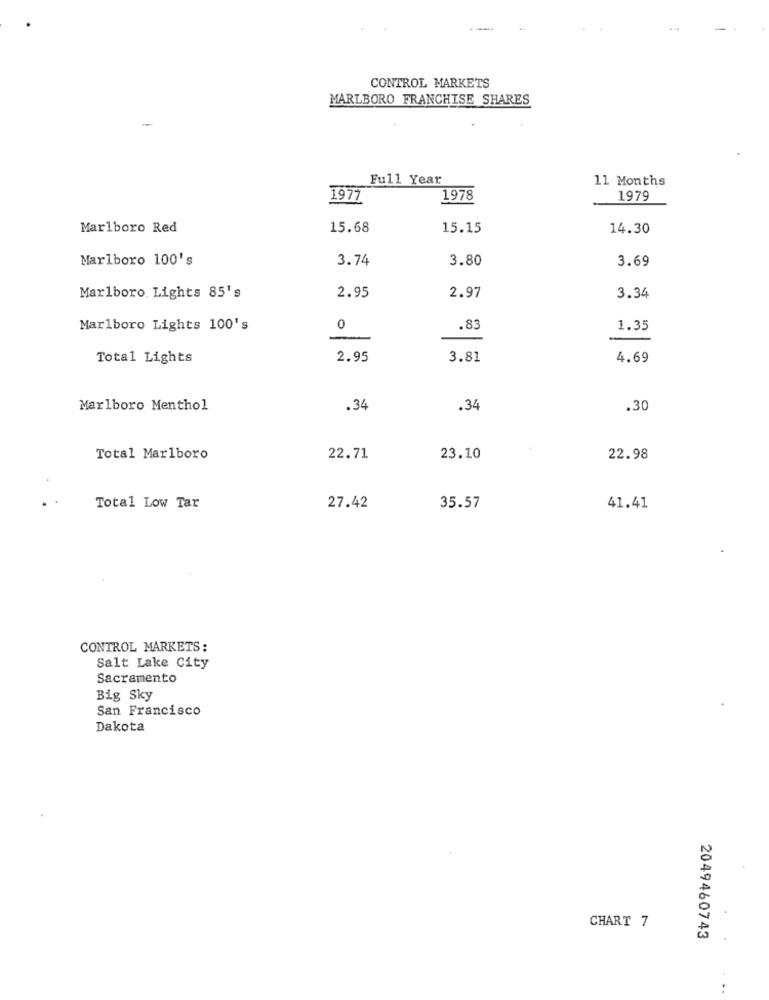
CONTROL MARKETS
MARLBORO FRANCHISE SHARES
Full Year
11 Months
1977
1978
1979
Marlboro Red
15.68
15.15
14.30
Marlboro 100's
3.74
3.80
3.69
Marlboro, Lights 85's
2.95
2.97
3.34
Marlboro Lights 100's
0
.83
1.35
Total Lights
2.95
3.81
4.69
Marlboro Menthol
.34
.34
.30
Total Marlboro
22.71
23.10
22.98
Total Low Tar
27.42
35.57
41.41
CONTROL MARKETS:
Salt Lake City
Sacramento
Big Sky
San Francisco
Dakota
CHART 7
2049460743